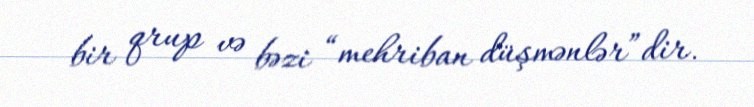
bir qrup və bəzi “mehriban düşmənlər”dir.